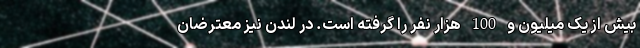
بیش از یک میلیون و 100 هزار نفر را گرفته است. در لندن نیز معترضان